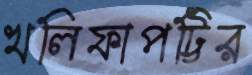
খলিফাপট্টির